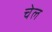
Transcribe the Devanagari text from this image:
चेल